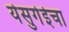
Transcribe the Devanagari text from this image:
येसुगेईचा